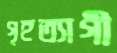
গৃহত্যাগী